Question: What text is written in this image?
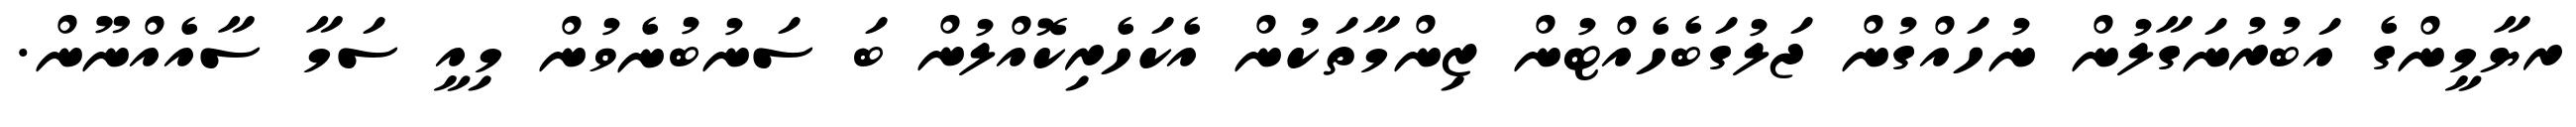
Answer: ރޔާމީންގެ އަބުރުނަގާލުން ނުހައްގުން ޖަލުގަބެހެއްޓުން ޒިންމާތަކުން އެކަހެރިކޮއްލުން ބަ ސަނުބުނެވުން މިއީ ސަމާ ސާއެއްނޫން.